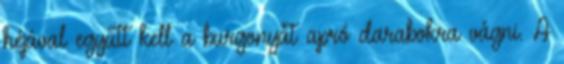
héjával együtt kell a burgonyát apró darabokra vágni. A